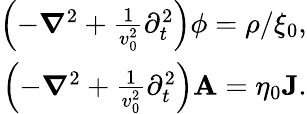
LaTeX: \begin{array}{r}{\left(-\boldsymbol{\nabla}^{2}+\frac{1}{v_{0}^{2}}\partial_{t}^{2}\right)\phi=\rho/\xi_{0},}\\ {\left(-\boldsymbol{\nabla}^{2}+\frac{1}{v_{0}^{2}}\partial_{t}^{2}\right)\mathbf{A}=\eta_{0}\mathbf{J}.}\end{array}